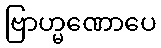
ဗြာဟ္မဏောပေ